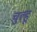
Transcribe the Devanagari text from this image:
चुल्हू